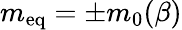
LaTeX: m_{\mathrm{{eq}}}=\pm m_{0}(\beta)